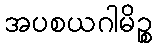
အပစယဂါမိဉ္စ